Annual statistical returns and brief notes on vaccination in Bengal - 1887-1898
Year: 1887
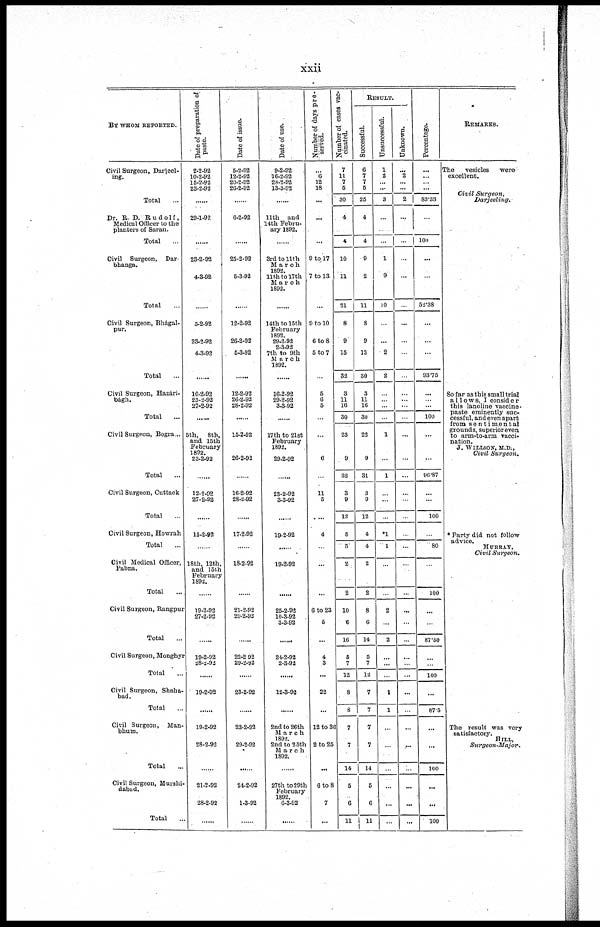
xxii
BY WHOM REPORTED.
Civil Surgeon, Darjeel-
ing.
Total ...
Dr. R. D. Rudolf,
Medical Officer to the
planters of Saran.
Total ...
Civil Surgeon, Dar-
bhanga.
Total ...
Civil Surgeon, Bhágal-
pur.
Total ...
Civil Surgeon, Hazári-
bágh.
Total ...
Civil Surgeon, Bogra...
Total ...
Civil Surgeon, Cuttack
Total ...
Civil Surgeon, Howrah
Total ...
Civil Medical Officer,
Pabna.
Total ...
Civil Surgeon, Rangpur
Total ...
Civil Surgeon, Monghyr
Total ...
Civil Surgeon, Shaha-
bad.
Total ...
Civil Surgeon, Man-
bhum1
Total ...
Civil Surgeon, Murshi-
dabad.
Total ...
Date of preparation of
paste.
2-2-92
10-2-92
15-2-92
23-2-92
......
29-1-92
......
23-2-92
4-3-92
......
5-2-92
23-2-92
4-3-92
......
10-2-92
23-2-92
27-2-92
......
5th, 8th,
and 15th
February
1892.
23-2-92
......
12-2-92
27-2-92
......
15-2-92
......
18th, 12th,
and 15th
February
1892.
......
19-2-92
27-2-92
......
19-2-92
28-2-92
......
19-2-92
......
19-2-92
28-2-92
......
21-2-92
28-2-92
......
Date of issue.
5-2-92
12-2-92
20-2-92
26-2-92
......
6-2-92
......
25-2-92
5-3-92
......
12-2-92
26-2-92
5-3-92
......
12-2-92
26-2-92
28-2-92
......
15-2-92
26-2-93
......
16-2-92
28-2-92
......
17-2-92
......
18-2-92
......
21-2-92
29-2-92
......
22-2-92
29-2-92
......
23-2-92
......
23-2-92
29-2-92
......
24-2-92
1-3-92
......
Date of use.
9-2-92
16-2-92
28-2-92
13-3-92
......
11th and
14th Febru-
ary 1892.
......
3rd to 11th
March
1892.
11th to 17th
March
1892.
......
14th to 15th
February
1892.
29-2-92
2-3-92
7th to 9th
March
1892.
......
16-2-92
29-2-92
3-3-92
......
17th to 21st
February
1892.
29-2-92
......
23-2-92
3-3-92
...
19-2-92
......
19-2-92
......
25-2-93
10-3-92
3-3-92
...
24-2-92
2-3-92
...
12-3-92
...
2nd to 26th
March
1892.
2nd to 25th
March
1892.
......
27th to 29th
February
1892.
6-3-92
......
Number of days pre-
served.
...
6
12
18
...
...
...
9 to 17
7 to 13
...
9 to 10
6to8
5to7
...
5
6
5
...
...
6
...
11
5
...
4
...
...
...
6 to 23
5
...
4
3
...
22
...
12 to 36
2 to 25
...
6 to 8
7
...
Number of cases vac-
cinated.
7
11
7
5
30
4
4
10
11
21
8
9
15
32
3
11
16
30
23
9
32
3
9
12
5
5
2
2
10
6
16
5
7
12
8
8
7
7
14
5
6
11
RESULT.
Successful.
6
7
7
5
25
4
4
9
2
11
8
9
13
30
3
11
16
30
22
9
31
3
9
12
4
4
2
2
8
6
14
5
7
12
7
7
7
7
14
5
6
11
Unsuccessful.
1
2
...
...
3
...
...
1
9
10
...
...
2
2
...
...
...
...
1
...
1
...
...
...
*1
1
...
...
2
...
2
...
...
...
1
1
...
...
...
...
...
...
Unknown.
...
2
...
...
2
...
...
...
...
...
...
...
...
...
...
...
...
...
...
...
...
...
...
...
...
...
...
...
...
...
...
...
...
...
...
...
...
....
...
...
...
...
Percentage.
...
...
...
...
83.33
...
100
...
...
53.38
...
...
...
93.75
...
...
...
100
...
...
96.87
...
...
100
...
80
...
100
...
...
87.50
...
...
100
...
87.5
...
...
100
...
...
100
REMARKS.
The
vesicles
were
excellent.
Civil Surgeon,
Darjeeling.
So far as this small trial
allows, I consider
this lanoline vaccine
paste eminently suc-
cessful, and even apart
from sentimental
grounds, superior even
to arm-to-arm vacci-
nation.
J. WILLSON, M.D.,
Civil Surgeon.
*Party did not follow
advice.
MURRAY,
Civil Surgeon.
The result was very
satisfactory.
HILL,
Surgeon-Major.